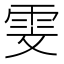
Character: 雯